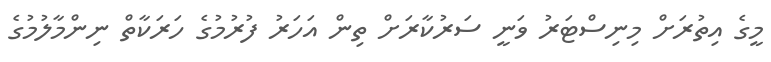
މީގެ އިތުރަށް މިނިސްޓަރު ވަނީ ސަރުކާރަށް ތިން އަހަރު ފުރުމުގެ ހަރަކާތް ނިންމާލުމުގެ